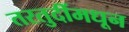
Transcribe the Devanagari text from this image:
तरतुदींमधून